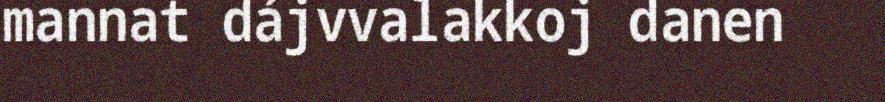
mannat dájvvalakkoj danen